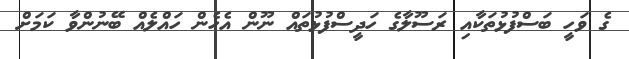
ގެ ވަހީ ބަސްފުޅުތަކާއި ރަސޫލާގެ ހަދީސްފުޅުތައް ނޫން އެހެން ހައްލެއް ބޭނުންވާ ކަމަށް